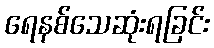
ရေနစ်သေဆုံးရခြင်း